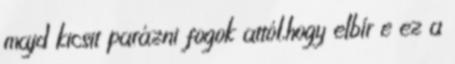
majd kicsit parázni fogok attól,hogy elbír e ez a